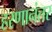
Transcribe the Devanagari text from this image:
हरणानंतर